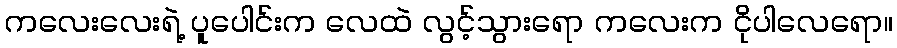
ကလေးလေးရဲ့ ပူပေါင်းက လေထဲ လွင့်သွားရော ကလေးက ငိုပါလေရော။